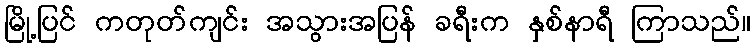
မြို့ပြင် ကတုတ်ကျင်း အသွားအပြန် ခရီးက နှစ်နာရီ ကြာသည်။